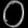
Digit: ၀